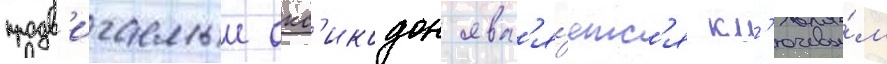
продв'игаемыи окс'икодон явл'я́етс'я кл'ючевы́м